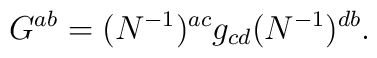
G^{ab}= (N^{-1})^{ac} g_{cd} (N^{-1})^{db}.